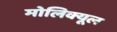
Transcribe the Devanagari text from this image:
मोलिक्यूल